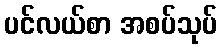
ပင်လယ်စာ အစပ်သုပ်